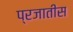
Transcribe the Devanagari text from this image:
प्रजातीस